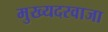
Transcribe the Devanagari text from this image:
मुख्यदरवाजा